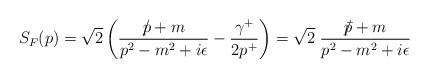
\begin{align*}S_{F} (p) = \sqrt{2}\left(\frac{p\!\!\!\slash + m}{p^{2}-m^{2}+i\epsilon} - \frac{\gamma^{+}}{2p^{+}}\right) = \sqrt{2}\;\frac{\bar{p}\!\!\!\slash + m}{p^{2}-m^{2}+i\epsilon}\end{align*}